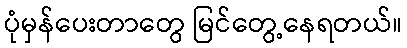
ပုံမှန်ပေးတာတွေ မြင်တွေ့နေရတယ်။